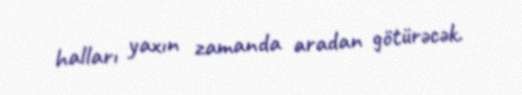
halları yaxın zamanda aradan götürəcək.